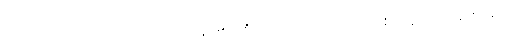
ဤသို့သောအကြံသည်။ ဟောတိ၊ ဖြစ်၏။ ကိံ ဟောတိ၊ အဘယ်သို့ဖြစ်သနည်း။ ခေါ၊ စင်စစ်။